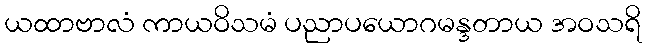
ယထာဗာလံ ကာယဝိသမံ ပညာပယောဂမန္ဒတာယ အဝသရိ